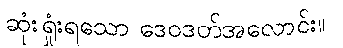
ဆုံးရှုံးရသော ဒေဝဒတ်အလောင်း။